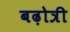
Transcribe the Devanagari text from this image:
बढ़ोत्री